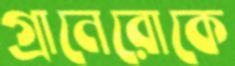
গ্রানেরোকে